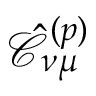
\mathcal { \hat { C } } _ { \nu \mu } ^ { ( p ) }